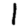
Digit: 1